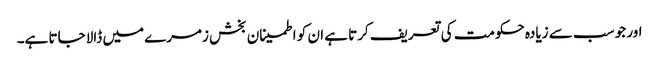
اور جو سب سے زیادہ حکومت کی تعریف کرتا ہے ان کو اطمینان بخش زمرے میں ڈالا جاتا ہے۔